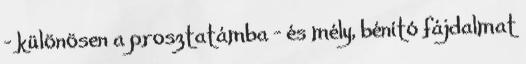
- különösen a prosztatámba - és mély, bénító fájdalmat